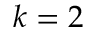
k = 2